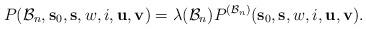
LaTeX: \begin{align*}P(\mathcal{B}_n,\mathbf{s}_0,\mathbf{s},w,i,\mathbf{u},\mathbf{v})=\lambda(\mathcal{B}_n)P^{(\mathcal{B}_n)}(\mathbf{s}_0,\mathbf{s},w,i,\mathbf{u},\mathbf{v}).\end{align*}